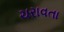
ચરાવતા